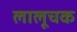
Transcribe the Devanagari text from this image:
लालूचक